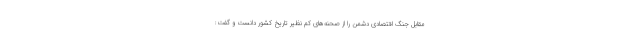
مقابل جنگ اقتصادی دشمن را از صحنه‌های کم نظیر تاریخ کشور دانست و گفت: